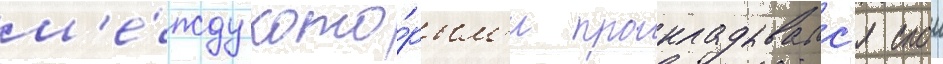
м'е́жду кото́рым'и прокладывалс'я слои